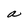
Character: a